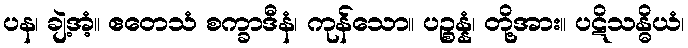
ပန၊ ချဲ့အံ့။ ဧတေသံ စက္ခာဒီနံ၊ ကုန်သော။ ပဉ္စန္နံ၊ တို့အား။ ပဋိသန္ဓိယံ၊